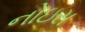
નોઇસ